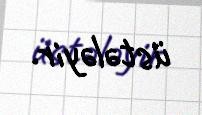
üstələyir.